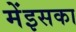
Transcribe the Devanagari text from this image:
मेंइसका